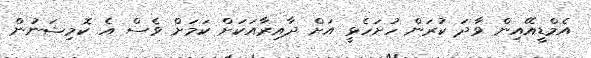
އެމްޑީއޭއިން ވާދަ ކުރަން ހުށަހެޅީ އަށް ދާއިރާއަކަށް ކަމަށް ވެސް އެ ކޮމިޝަނުން